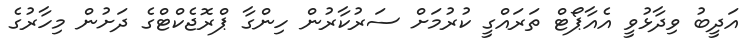
އަދީބު ވިދާޅުވީ އެއާޕޯޓް ތަރައްގީ ކުރުމަށް ސަރުކާރުން ހިންގާ ޕްރޮޖެކްޓްގެ ދަށުން މިހާރުގެ